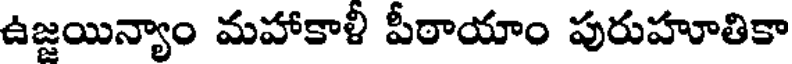
ఉజ్జయిన్యాం మహాకాళీ పీఠాయాం పురుహూతికా